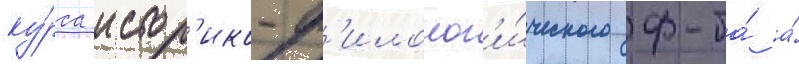
ку́рса истор'ико-ф'илолог'и́ческого ф-та́ а́